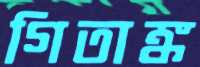
গিতাঙ্ক